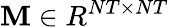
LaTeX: \mathbf{M}\in R^{NT\times NT}